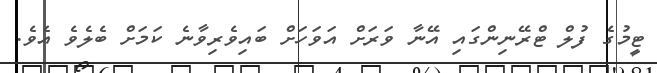
ޓީމުގެ ފުލް ޓްރޭނިންގައި އޭނާ ވަރަށް އަވަހަށް ބައިވެރިވާނެ ކަމަށް ބެލެވެ އެވެ.